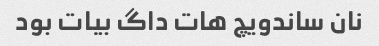
نان ساندویچ هات داگ بیات بود